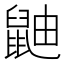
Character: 鼬